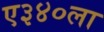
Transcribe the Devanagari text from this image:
ए३४०ला